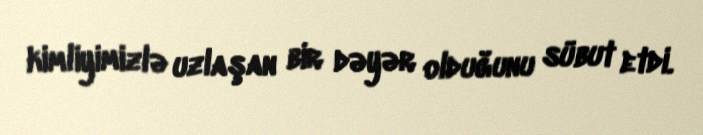
kimliyimizlə uzlaşan bir dəyər olduğunu sübut etdi.